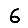
Digit: 6